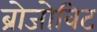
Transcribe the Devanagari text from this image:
ब्रोजोविट